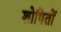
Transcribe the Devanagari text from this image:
शोषितोँ